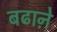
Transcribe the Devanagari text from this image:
बढाऩे